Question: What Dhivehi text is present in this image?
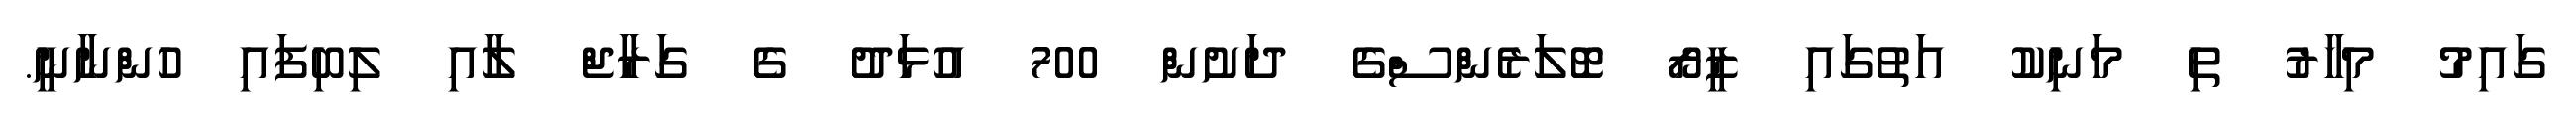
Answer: ގައިމު މިހާރު ތި މަނިކު އަތުގައި ޒީރޯ ޓޮލަރެންސްގެ ދަށުން 700 އުޅަދު ގެ ގަރާޖް ލާއި ލިބިފައި ހުންނާނީ.